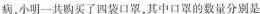
病，小明一共购买了四袋口罩，其中口罩的数量分别是